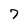
Character: 7